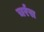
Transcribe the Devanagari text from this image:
चर्रस